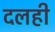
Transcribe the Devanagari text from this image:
दलही